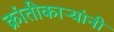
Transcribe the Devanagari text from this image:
क्रांतीकाऱ्यांनी